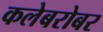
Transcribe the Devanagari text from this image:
कलेबरोबर